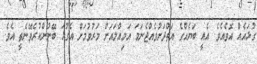
ގުޅައެއް އޮވެއެވެ. އެއީ ބަޔެއްގެ އަތްދަށުވެއްޖެނަމަ އަމިއްލައަށް މަރުވުމަށް އެގުޅަ ބޭނުންކުރެވޭނެތީ އެވެ.